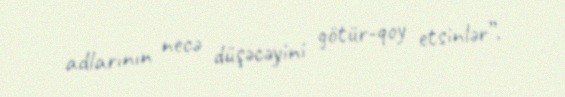
adlarının necə düşəcəyini götür-qoy etsinlər”.